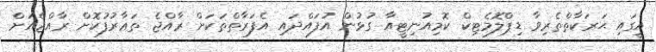
އީގައި ޙަރަކާތްތެރިވާ ޑިޕްލޮމެޓިކް ކޮމިއުނިޓީއާ ގުޅުން އުފައްދައި އެފަރާތްތަކަށް ރާއްޖެ ތަޢާރުފުކޮށް ރާއްޖެއަށް